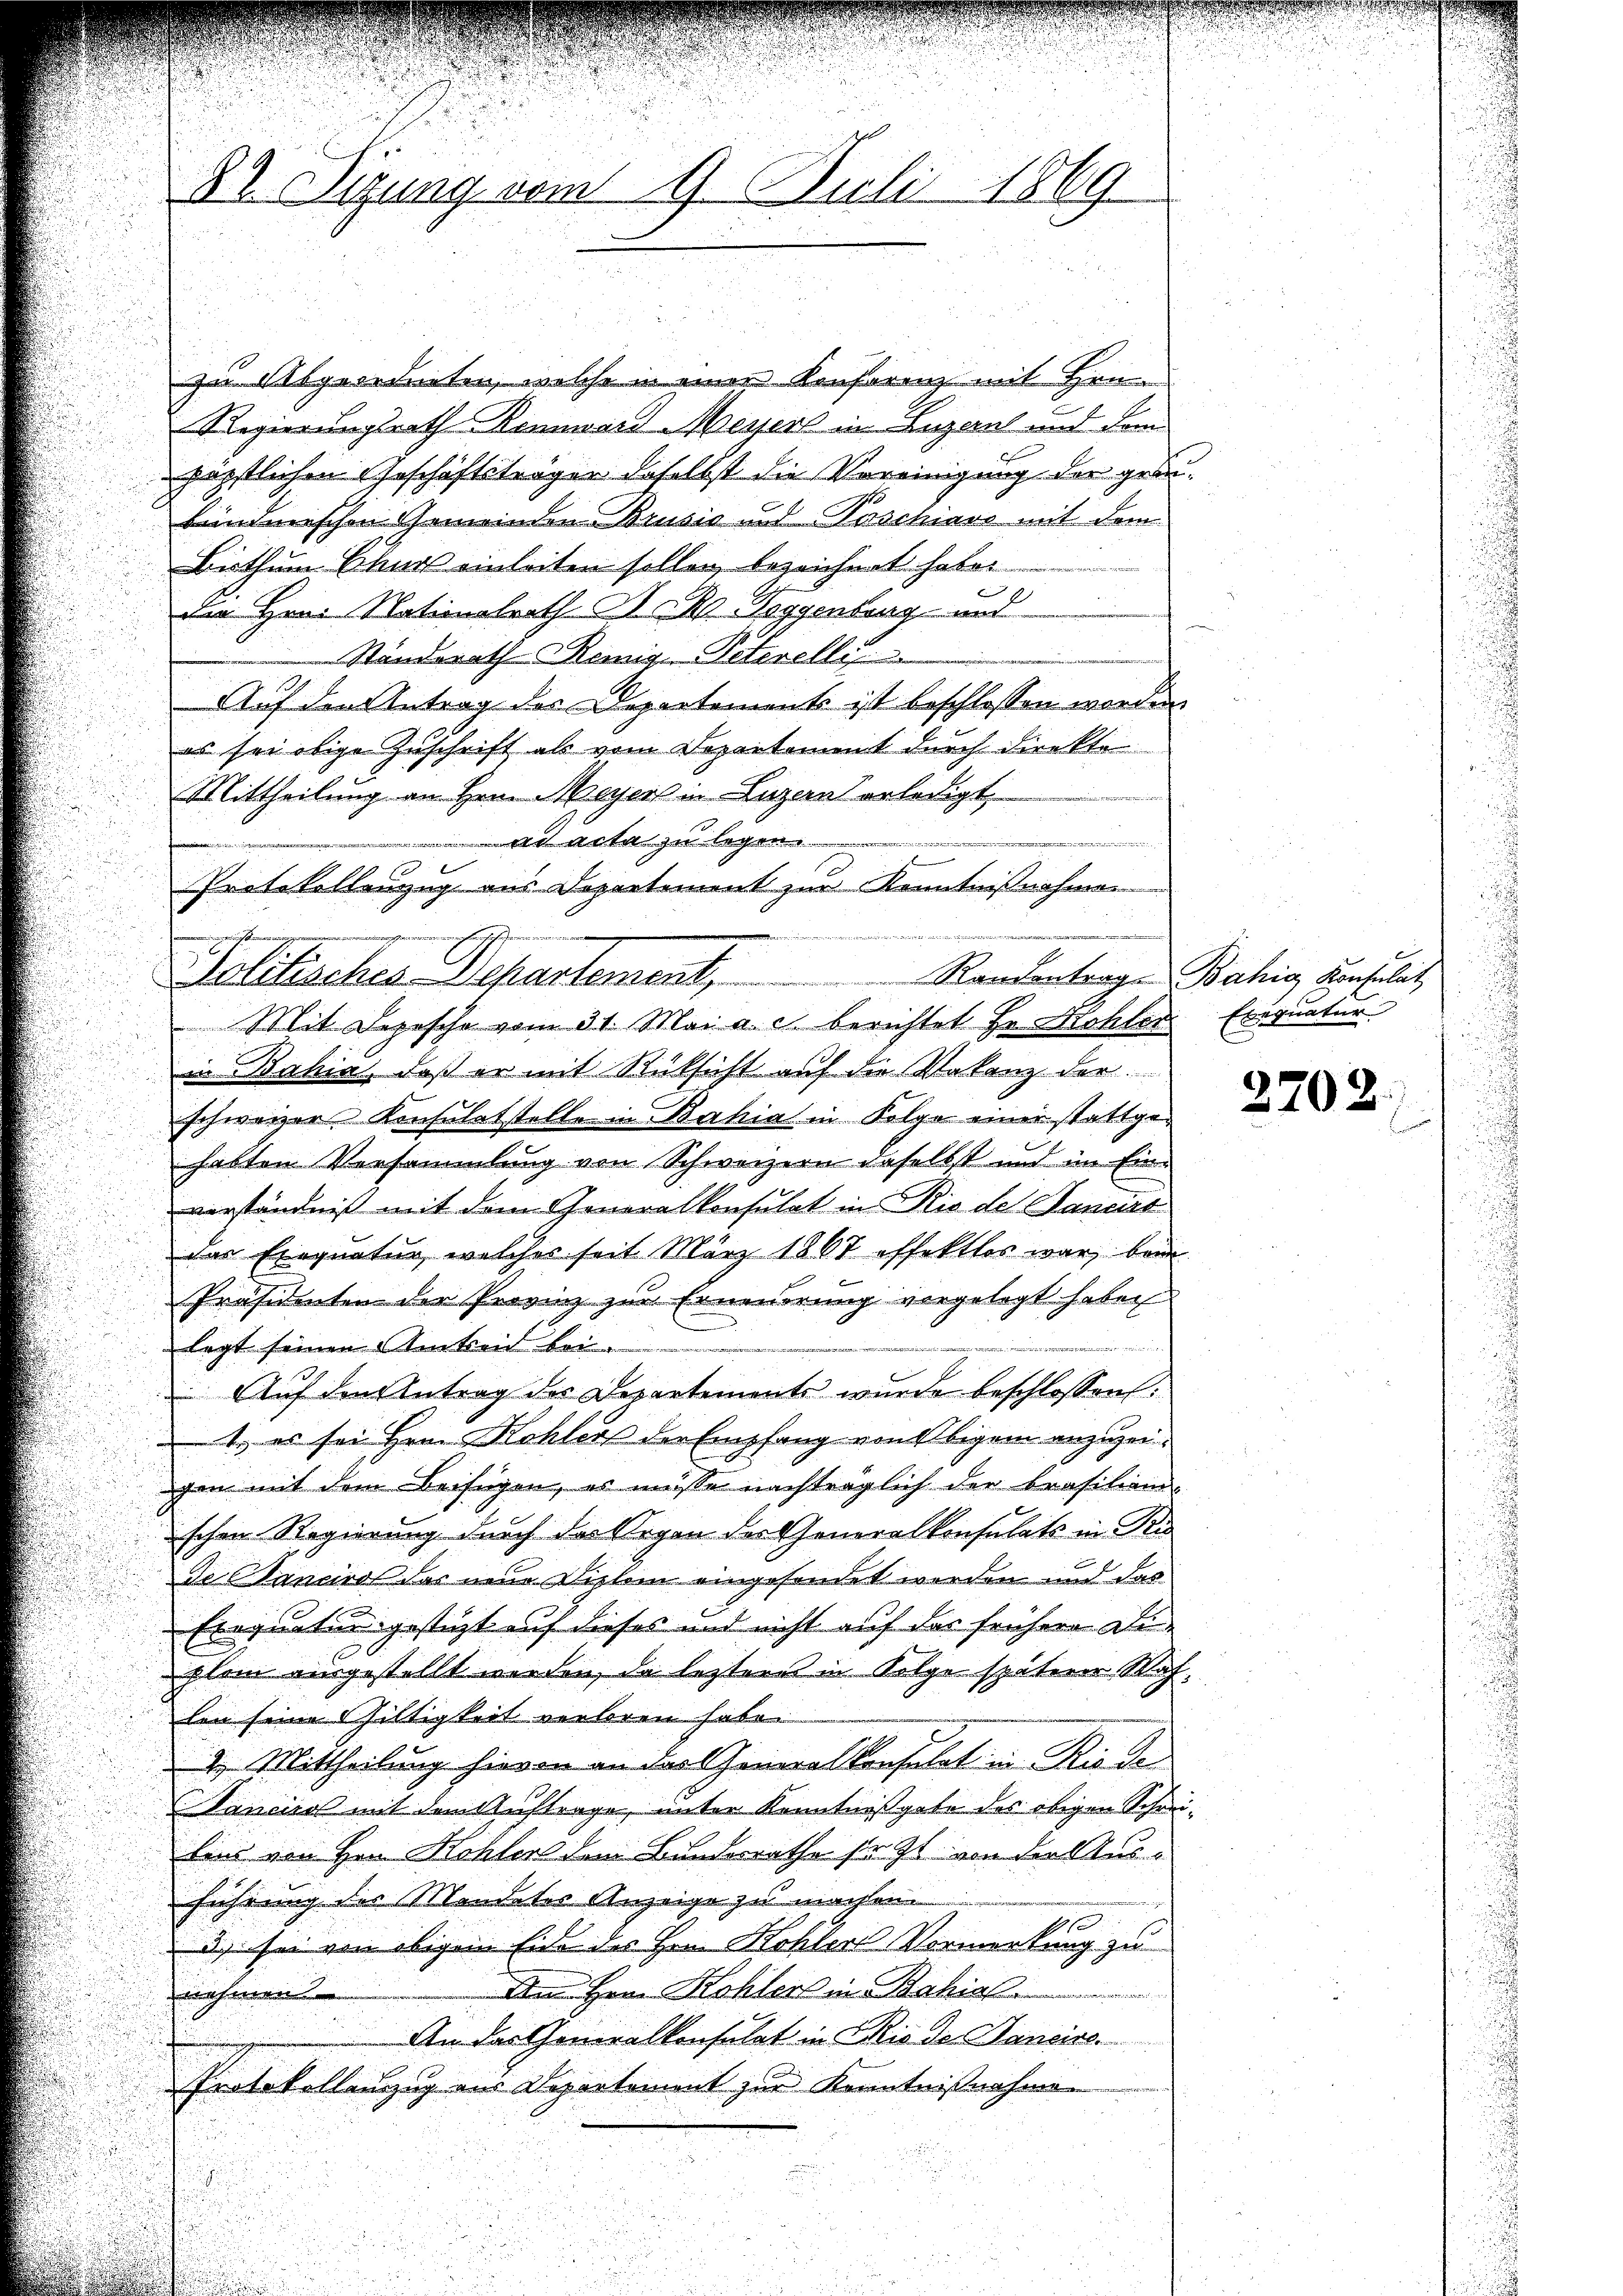
zur Abgeordneten, welche in einer Konferenz mit Hrn.
Regierungsrath Rinnward Meyer in Luzern und dem
päpstlichen Geschäftsträger daselbst die Vereinigung der grobinderischen Gemeinden Brusić und Paschiavo mit dem
Bisthum Chur einleiten sollen, bezeichnet haben
e
der Hrn. Nationalrath A. R. Toggenburg und
Standerath Remig. Peterelly
Auf den Antrag des Departements ist beschlossen worden
es sei obige Zuschrift als vom Departement durch direkte
Mittheilung an Hrn. Mayer in Luzern erledigt
n
Solitischen Dehartement, Randentrag-Bahia einstit
Mit Sopesche vom 31. Mai a. c. berichtet Hr. Kohler Exequatur
in Bahia, daß er mit Rücksicht auf die Valanz der
schweizer Konsulatstelle in Bahia in Folge einer stattgehabten Versammlung von Schweizern daselbst und im Einverständniß mit dem Generalkonsulat in Rio de Sancirt
das Exequatur, welches seit März 1867 offektlos war, bei
Präsidenten der Provinz zur Erneuerung vorgelegt haben
e
legt seinen Amtseid bei
Auf den Antrag des Departements wurde beschlossen:
1., es sei Hrn. Kohlers der Empfang von Ebigem anzuzeigen mit dem Beifügen, es müsse nachträglich der Brasilien-
schen Regierung durch der Organ des Generalkonsulats in Ri
de Canciro das neue Sichem eingesendet werden und das
Exequaturgestüzt auf dieses und nicht auf der frühere Di
plan ausgestellt werden, da leztere in Folge späterer Nahlen seine Giltigkeit verloren habe.
2. Mittheilung hievon an das Generalkonsulat in Rieder
Sancies mit dem Auftrage, unter Kenntnißgabe des obigen Schreilins von Hrn. Kohlen dem Bundesrathe setzt von die Ausführung des Mendeter Anzeige zu machen.
d) sei von obigem Eide des Hrn. Kohler Vormerkung zu
Am Hrn. Kohler in Bahia
hmen
An das Generalkonsulat in Rio der Sancise.
Protokollenzug aus Departement zur Kenntnißnahme

82 Sitzung vom 9. Juli 1869

ad acta zu legen
Protokollenzug aus Departement zur Kenntnißnahmen

2702.